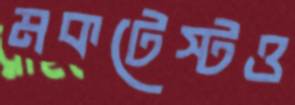
মকটেস্টও